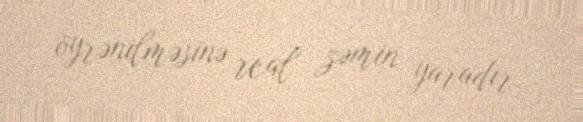
öyrənilməsinə real zəmin yaradır.